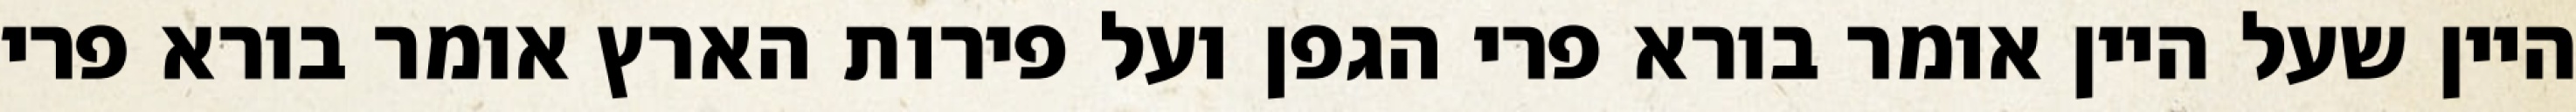
היין שעל היין אומר בורא פרי הגפן ועל פירות הארץ אומר בורא פרי